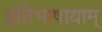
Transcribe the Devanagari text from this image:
इतिभाषायाम्‌